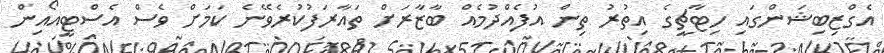
އެގްޒިބިޝަންގައި ހިޓާޗީގެ އިތުރު ތިން އުފެއްދުމެއް ބާޒާރަށް ތައާރަފުކުރެވޭނެ ކަމަށް ވެސް އެސްޓީއޯއިން